Insane asylums in Bengal annual reports 1867-1875 - 1867-1875
Year: 1867
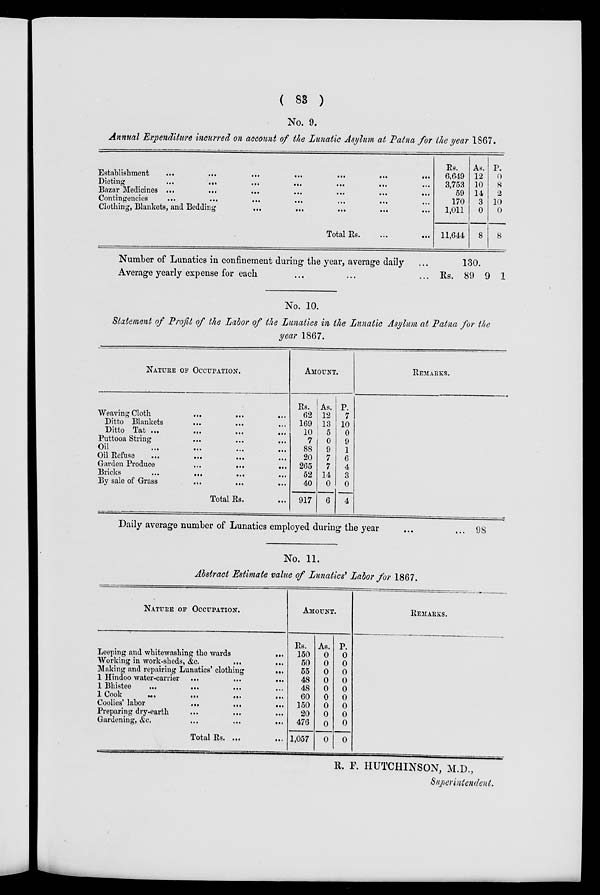
( 83 )
No. 9.
Annual Expenditure incurred on account of the Lunatic Asylum at Patna for the year 1867.
Establishment
...
...
...
...
...
. ..
...
Dieting
...
...
...
...
...
... ...
Bazar Medicines ...
...
...
...
...
...
...
Contingencies
...
...
...
...
...
... ...
Clothing, Blankets, and Bedding
...
...
...
... ...
Total Rs.
...
...
Rs.
6,649
3,753
59
170
1,011
11,644
As.
12
10
14
3
0
8
P.
0
8
2
10
0
8
Number of Lunatics in confinement during the year, average daily ...
Average yearly expense for each ... ...
130.
Rs. 89 9 1
No. 10.
Statement of Profit of the Labor of the Lunatics in the Lunatic Asylum at Patna for the
year 1867.
NATURA OF OCCUPATION.
Weaving Cloth
...
...
...
Ditto Blankets
... ... ...
Ditto Tat ...
...
...
...
Puttooa String ... ... ...
Oil ... ... ...
Oil Refuse
...
...
...
Garden Produce
...
...
...
Bricks
...
...
... ...
By sale of Grass
...
...
...
Total Rs. ...
AMOUNT
Rs.
62
169
10
7
88
20
265
52
40
917
As.
12
13
5
0
9
7
7
14
0
6
P.
7
10
0
9
1
6
4
3
0
4
REMARKS.
Daily average number of Lunatics employed during the year ... ...
98
No. 11.
Abstract Estimate value of Lunatics' Labor for 1867.
NATURE OF OCCUPATION.
Leeping and whitewashing the
wards
...
Working in work-sheds, &c.
...
...
Making and repairing Lunatics' clothing
...
1 Hindoo water-carrier ...
...
...
1 Bhistee
...
...
...
1 Cook ... ... ... ...
Coolies' labor
...
...
...
Preparing dry-earth
...
...
...
Gardening, &c. ... ... ...
Total Rs. ...
AMOUNT.
Rs.
150
50
55
48
48
60
150
20
476
1,057
As.
0
0
0
0
0
0
0
0
0
0
p.
0
0
0
0
0
0
0
0
0
0
REMARKS.
R. F. HUTCHINSON, M.D.,
Superintendent.